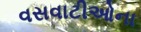
વસવાટીઓના